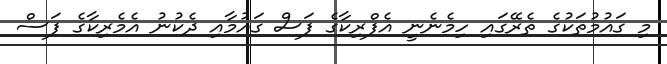
މި ގައުމުތަކުގެ ތެރޭގައި ހިމެނެނީ އެފްރިކާގެ ފަސް ގައުމާއި ދެކުނު އެމެރިކާގެ ފަސް